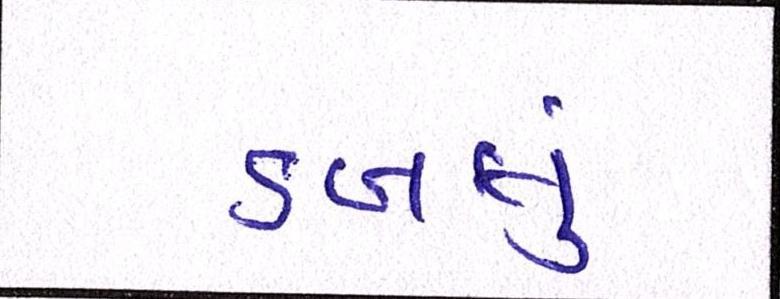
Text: ડબલું